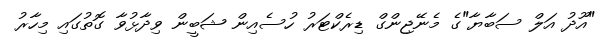
"އޫދު އަލް ސަބާޔާ"ގެ މެނޭޖިންގް ޑިރެކްޓަރު ހުސެއިން ޝަބީން ވިދާޅުވާ ގޮތުގައި މިހާރު